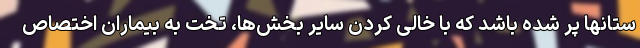
ستانها پر شده باشد که با خالی کردن سایر بخش‌ها، تخت به بیماران اختصاص